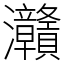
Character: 灨